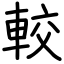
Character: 較